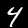
Label: 4